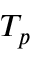
T _ { p }